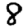
Digit: 8